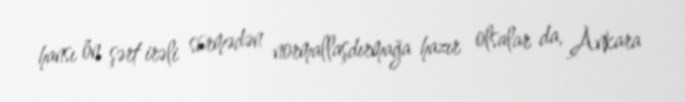
hansı ön şərt irəli sürmədən normallaşdırmağa hazır olsalar da, Ankara